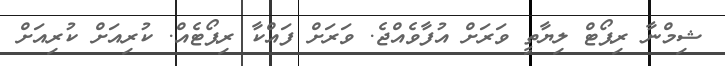
ޝިމްނާ ރިޕޯޓް ލިޔާތީ ވަރަށް އުފާވެއްޖެ. ވަރަށް ފައްކާ ރިޕޯޓެއް. ކުރިއަށް ކުރިއަށް